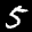
Label: 5